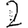
Digit: 2